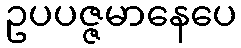
ဥပပဇ္ဇမာနေပေ